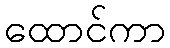
ထောင်ကာ